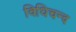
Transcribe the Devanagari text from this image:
विधिचन्द